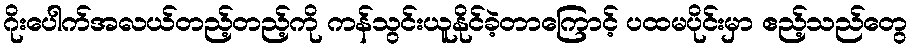
ဂိုးပေါက်အလယ်တည့်တည့်ကို ကန်သွင်းယူနိုင်ခဲ့တာကြောင့် ပထမပိုင်းမှာ ဧည့်သည်တွေ